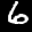
Label: 6